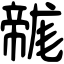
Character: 𢅛